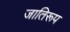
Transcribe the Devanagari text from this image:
जातिरूप